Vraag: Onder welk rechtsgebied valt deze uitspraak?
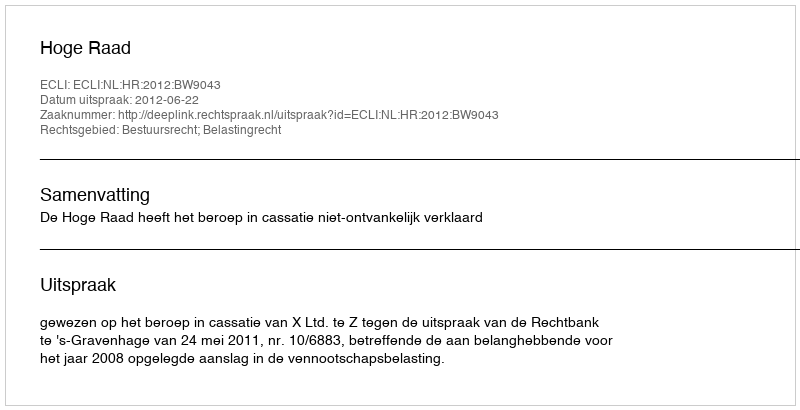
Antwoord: Bestuursrecht; Belastingrecht